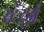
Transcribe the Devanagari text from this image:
स्टर्ट्ज़